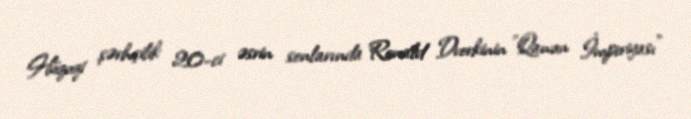
Hüquqi şərhçilik 20-ci əsrin sonlarında Ronald Dvorkinin "Qanun İmperiyası"